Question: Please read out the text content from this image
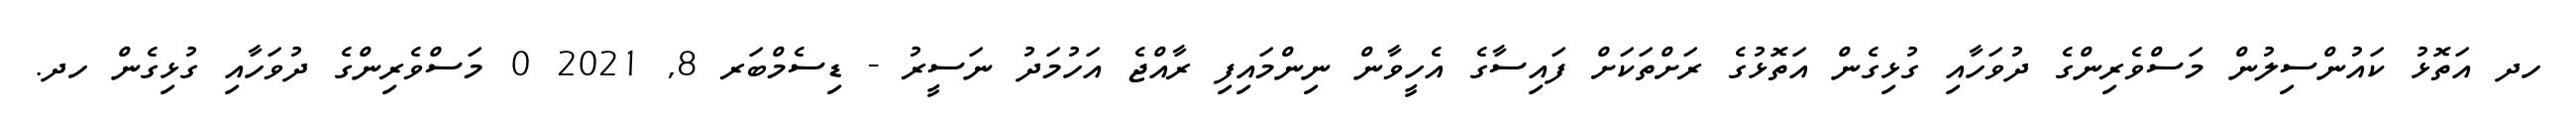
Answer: ހދ އަތޮޅު ކައުންސިލުން މަސްވެރިންގެ ދުވަހާއި ގުޅިގެން އަތޮޅުގެ ރަށްތަކަށް ފައިސާގެ އެހީވާން ނިންމައިފި ރާއްޖެ އަހުމަދު ނަސީރު - ޑިސެމްބަރ 8, 2021 0 މަސްވެރިންގެ ދުވަހާއި ގުޅިގެން ހދ.